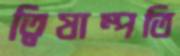
ত্বিষাম্পতি